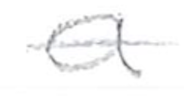
Text: a
Cross-out: single-line
Writing tool: pencil